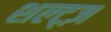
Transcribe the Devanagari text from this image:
शल्ट्ज़